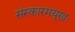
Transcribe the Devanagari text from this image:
संस्कारमयूखः